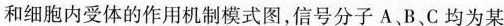
和细胞内受体的作用机制模式图，信号分子A、B、C均为某